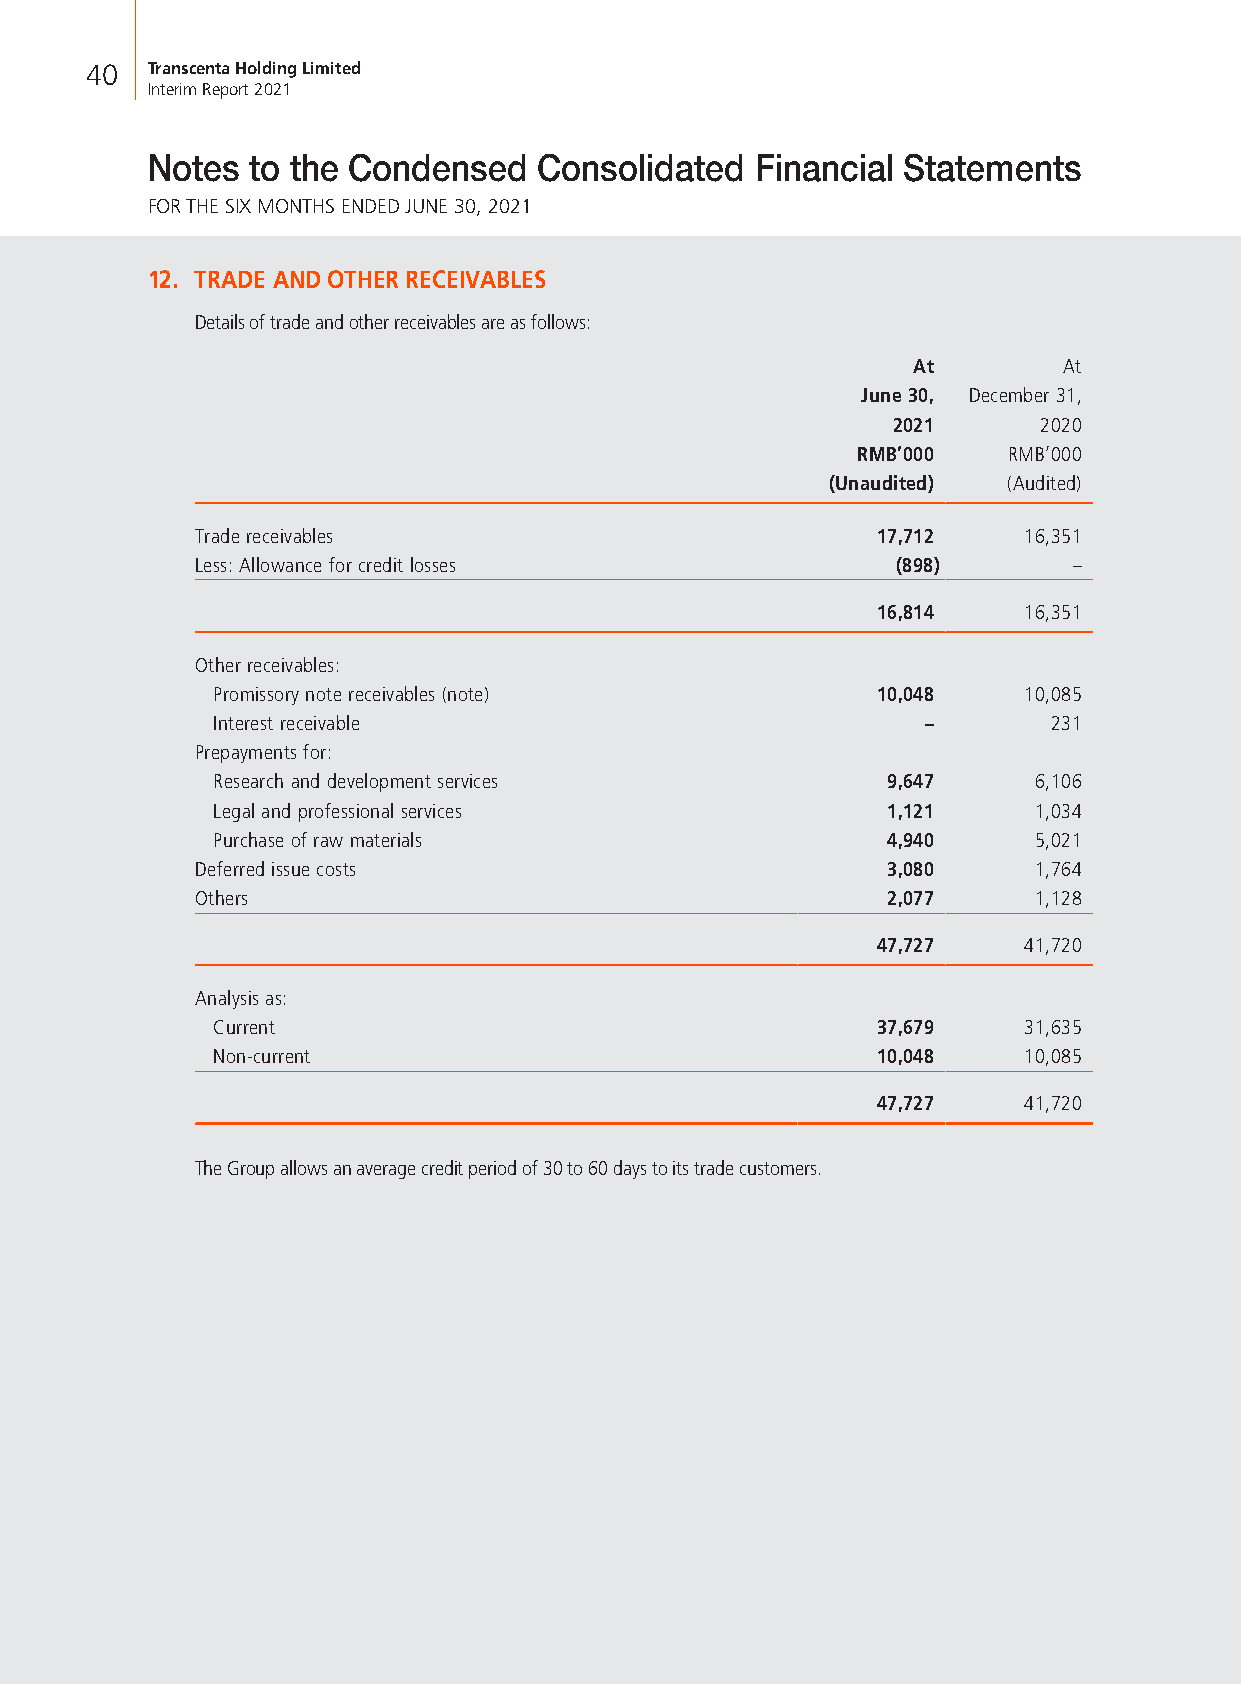
40  Transcenta Holding Limited
 Interim Report 2021
 Notes to the Condensed    Consolidated  Financial Statements
 FOR THE SIX MONTHS ENDED JUNE 30, 2021
 12. TRADE AND OTHER RECEIVABLES
 Details of trade and other receivables are as follows:
 At        At
 June 30, December 31,
 2021      2020
 RMB’000   RMB’000
 (Unaudited) (Audited)
 Trade receivables                            17,712    16,351
 Less: Allowance for credit losses             (898)       –
 16,814    16,351
 Other receivables:
 Promissory note receivables (note)          10,048    10,085
 Interest receivable                            –        231
 Prepayments for:
 Research and development services            9,647    6,106
 Legal and professional services              1,121    1,034
 Purchase of raw materials                    4,940    5,021
 Deferred issue costs                          3,080    1,764
 Others                                        2,077    1,128
 47,727    41,720
 Analysis as:
 Current                                     37,679    31,635
 Non-current                                 10,048    10,085
 47,727    41,720
 The Group allows an average credit period of 30 to 60 days to its trade customers.